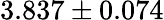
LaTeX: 3.837\pm 0.074